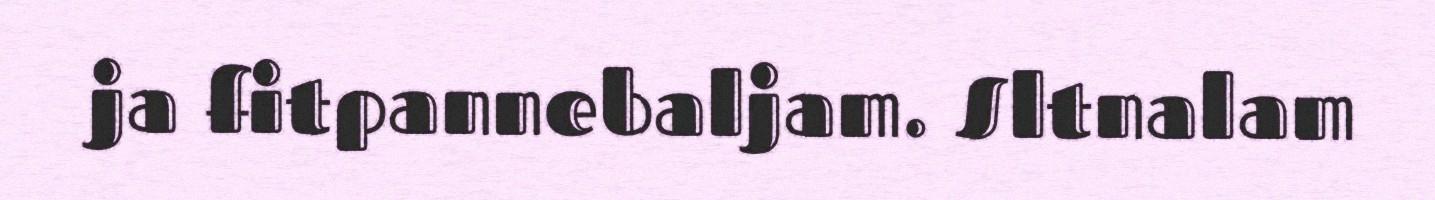
ja fitpannebaljam. Sltnalam